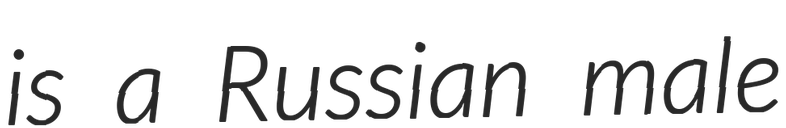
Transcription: is a Russian male